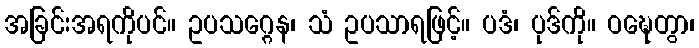
အခြင်းအရကိုပင်။ ဥပသဂ္ဂေန၊ သံ ဥပသာရဖြင့်။ ပဒံ၊ ပုဒ်ကို။ ဝဍ္ဎေတွာ၊